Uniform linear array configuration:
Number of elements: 64
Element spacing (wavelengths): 0.25
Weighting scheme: hann
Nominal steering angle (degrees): -45
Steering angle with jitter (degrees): -43.806
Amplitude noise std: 0.05
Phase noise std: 0.05

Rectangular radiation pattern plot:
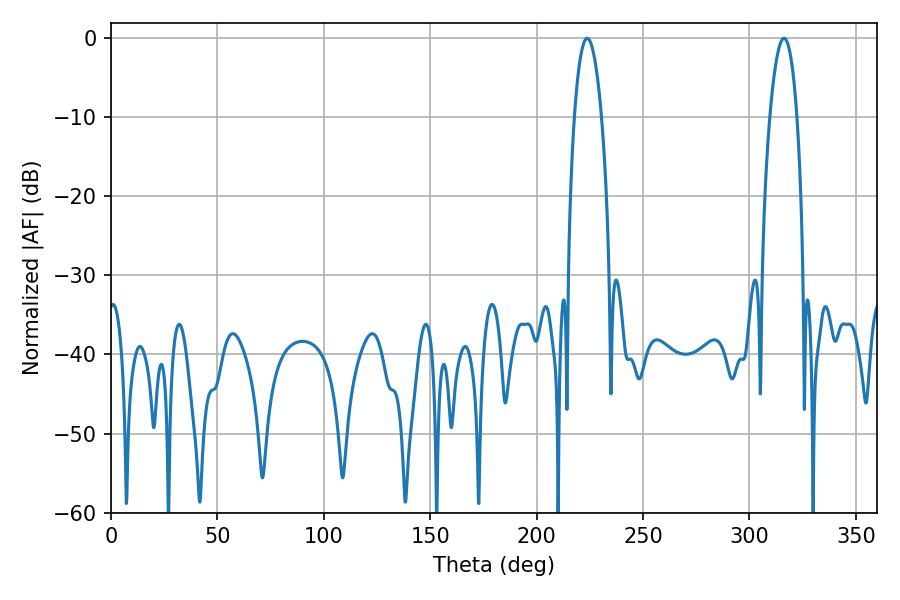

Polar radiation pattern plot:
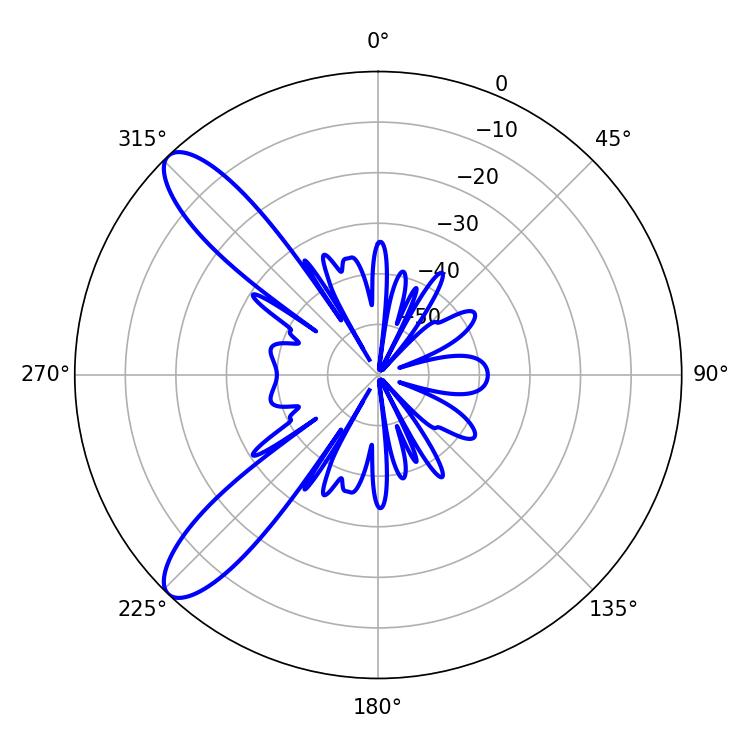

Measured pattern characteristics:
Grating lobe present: FALSE
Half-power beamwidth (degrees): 7.02
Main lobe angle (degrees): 223.74